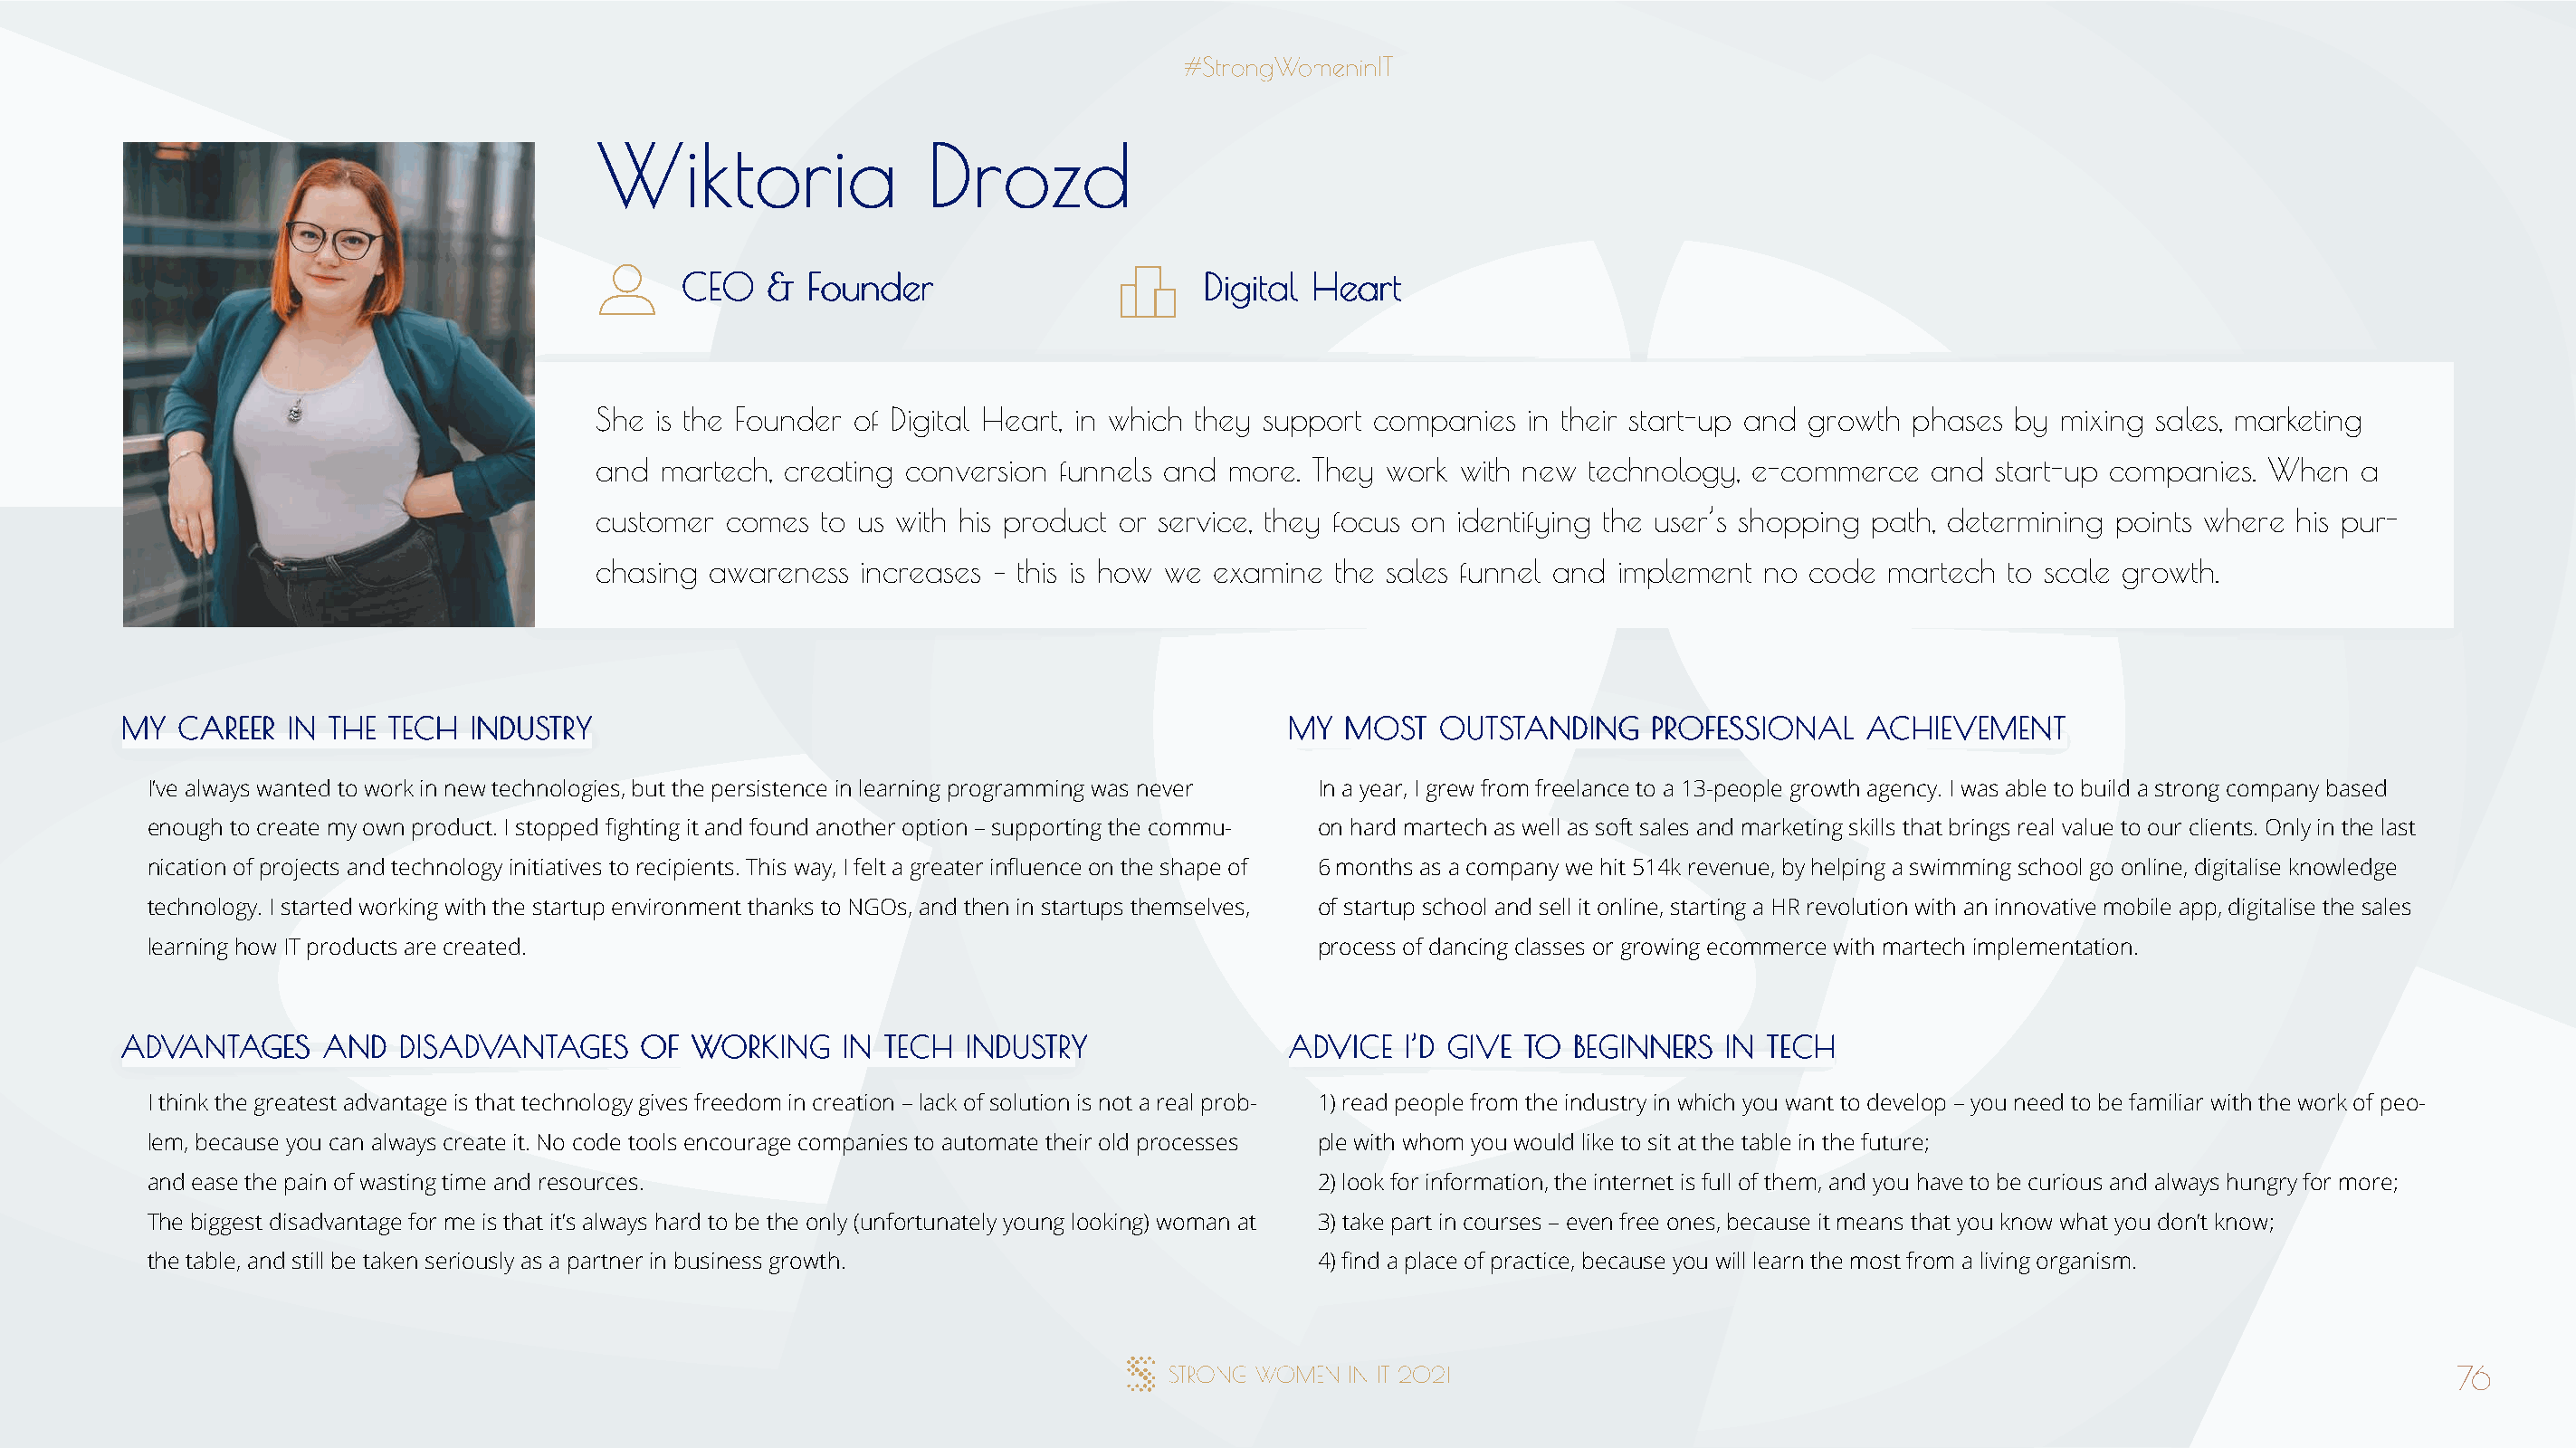
WWiikkttoorriiaa        DDrroozzdd
 CCEEOO && FFoouunnddeerr              DDiiggiittaall HHeeaarrtt
 She is the Founder of Digital Heart, in which they support companies in their start-up and growth phases by mixing sales, marketing
 and martech, creating conversion  funnels and more. They work  with new technology, e-commerce   and  start-up companies. When   a
 customer comes  to us with his product or service, they focus on identifying the user’s shopping path, determining points where his pur-
 chasing awareness  increases – this is how we examine the sales funnel and implement no code  martech  to scale growth.
 MMYY CCAARREEEERR IINN TTHHEE TTEECCHH IINNDDUUSSTTRRYY                              MMYY MMOOSSTT OOUUTTSSTTAANNDDIINNGG PPRROOFFEESSSSIIOONNAALL AACCHHIIEEVVEEMMEENNTT
 I’ve always wanted to work in new technologies, but the persistence in learning programming was never In a year, I grew from freelance to a 13-people growth agency. I was able to build a strong company based
 enough to create my own product. I stopped fighting it and found another option – supporting the commu- on hard martech as well as soft sales and marketing skills that brings real value to our clients. Only in the last
 nication of projects and technology initiatives to recipients. This way, I felt a greater influence on the shape of 6 months as a company we hit 514k revenue, by helping a swimming school go online, digitalise knowledge
 technology. I started working with the startup environment thanks to NGOs, and then in startups themselves, of startup school and sell it online, starting a HR revolution with an innovative mobile app, digitalise the sales
 learning how IT products are created.                                                process of dancing classes or growing ecommerce with martech implementation.
 AADDVVAANNTTAAGGEESS AANNDD DDIISSAADDVVAANNTTAAGGEESS OOFF WWOORRKKIINNGG IINN TTEECCHH IINNDDUUSSTTRRYY AADDVVIICCEE II’’DD GGIIVVEE TTOO BBEEGGIINNNNEERRSS IINN TTEECCHH
 I think the greatest advantage is that technology gives freedom in creation – lack of solution is not a real prob- 1) read people from the industry in which you want to develop – you need to be familiar with the work of peo-
 lem, because you can always create it. No code tools encourage companies to automate their old processes ple with whom you would like to sit at the table in the future;
 and ease the pain of wasting time and resources.                                     2) look for information, the internet is full of them, and you have to be curious and always hungry for more;
 The biggest disadvantage for me is that it’s always hard to be the only (unfortunately young looking) woman at 3) take part in courses – even free ones, because it means that you know what you don’t know;
 the table, and still be taken seriously as a partner in business growth.             4) find a place of practice, because you will learn the most from a living organism.
 76